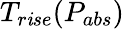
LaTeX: T_{r\mathit{i}se}(P_{abs})